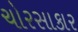
ચોરસાકાર